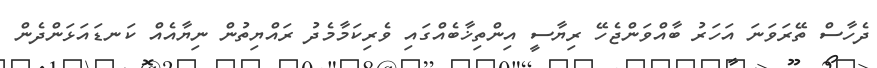
ދެހާސް ތޭރަވަނަ އަހަރު ބާއްވަންޖެހޭ ރިޔާސީ އިންތިޚާބެއްގައި ވެރިކަމާމެދު ރައްޔިތުން ނިޔާއެއް ކަނޑައަޅަންދެން